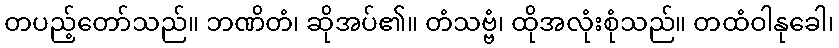
တပည့်တော်သည်။ ဘဏိတံ၊ ဆိုအပ်၏။ တံသဗ္ဗံ၊ ထိုအလုံးစုံသည်။ တထံဝါနုခေါ၊